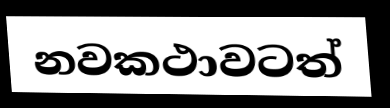
නවකථාවටත්